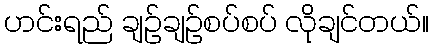
ဟင်းရည် ချဉ်ချဉ်စပ်စပ် လိုချင်တယ်။